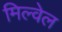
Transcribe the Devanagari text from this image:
मिल्वेल